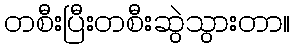
တစီးပြီးတစီးဆွဲသွားတာ။